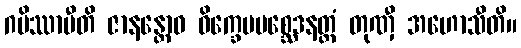
ဂမိဿာမီတိ ဇာနန္တောဝ ဝိက္ခေပပစ္ဆေဒနတ္ထံ တုဏှီ အဟောသီတိ။